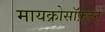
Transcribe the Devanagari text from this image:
मायक्रोसॉफ़्टने